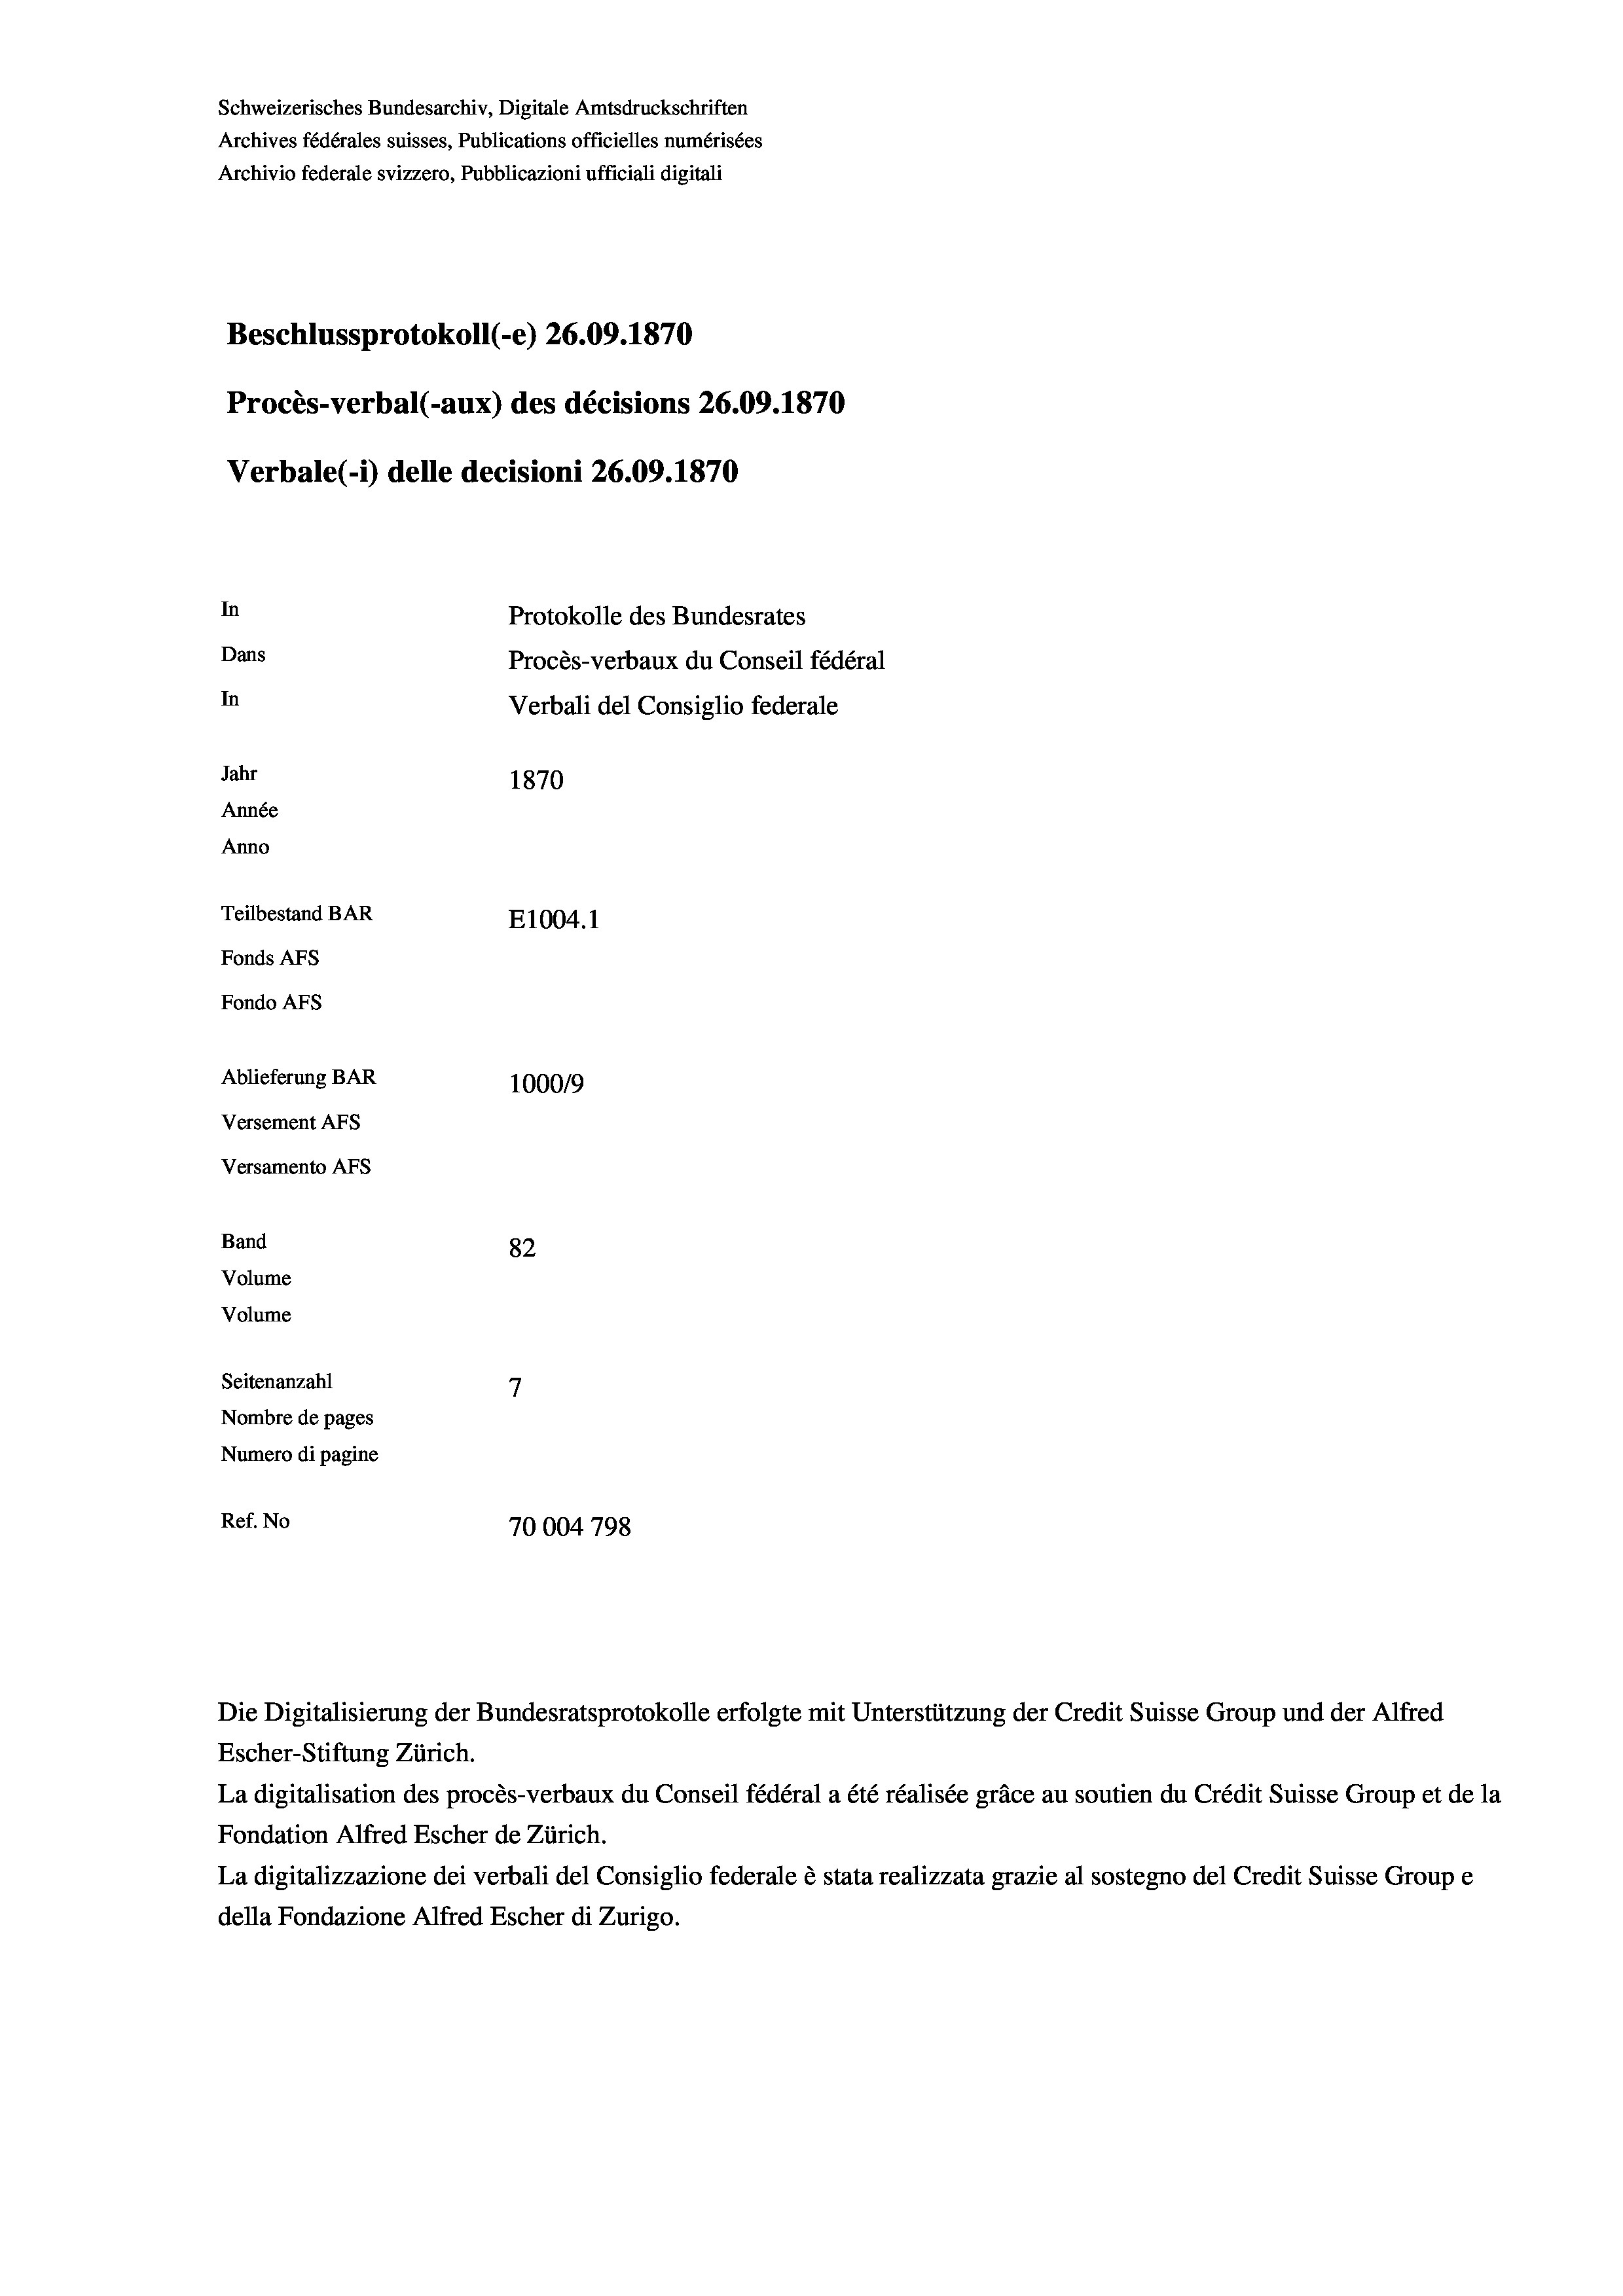
Schweizerisches Bundesarchiv, Digitale Amtsdruckschriften
Archives fédérales suisses, Publications officielles numérisées
Archivio federale svizzero, Pubblicazioni ufficiali digitali
Beschlussprotokoll (-e) 26.09. 1870
Procès-verbal (-aux) des décisions 26.09. 1870
Verbale(-*) delle decisioni 26.09. 1870
In
Protokolle des Bundesrates
Dans
Procès-verbaux du Conseil fédéral
In
Verbali del Consiglio federale
Jahr
1870
Année
Anno
Teilbestand BAR
E1004.1
Fonds AFs
Fondo AFs
Ablieferung BAR
1000/9
Versement AFS

Versamento Afs

Seitenanzahl

Band
Volume
Volume

82

Nombre de pages
Numero di pagine
Ref. No
70004798

7

Die Digitalisierung der Bundesratsprotokolle erfolgte mit Unterstützung der Credit Suisse Group und der Alfred
Escher-Stiftung Zürich.
La digitalisation des procès-verbaux du Conseil fédéral a été réalisée gräce au soutien du Crédit Suisse Group et de la
Fondation Alfred Escher de Zürich.
La digitalizzazione dei verbali del Consiglio federale è stata realizzata grazie al sostegno del Credit Suisse Groupe
della Fondazione Alfred Escher di Zurigo.